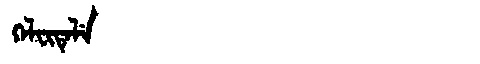
Manchu: ᡴᡝᠯᠸᡳᡨᡝᠯᡝ
Romanization: KELFITELE